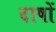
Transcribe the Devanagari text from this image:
दाषों